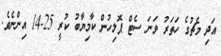
އަދި މެޗުގެ ހަތަރު ވަނަ ސެޓް ޕޮލިހުން ކާމިޔާބު ކުރީ 25-14 އިންނެވެ.